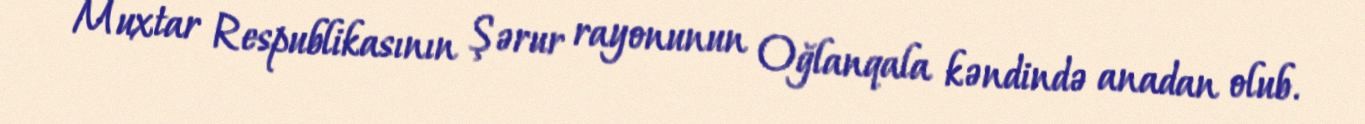
Muxtar Respublikasının Şərur rayonunun Oğlanqala kəndində anadan olub.